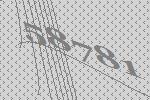
58781